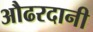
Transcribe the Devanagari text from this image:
औढरदानी